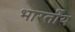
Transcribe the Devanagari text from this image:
भारर्तीय